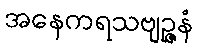
အနေကရသဗျဉ္ဇနံ